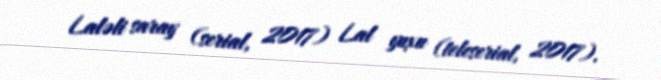
Laləli saray (serial, 2017) Lal yuxu (teleserial, 2017).